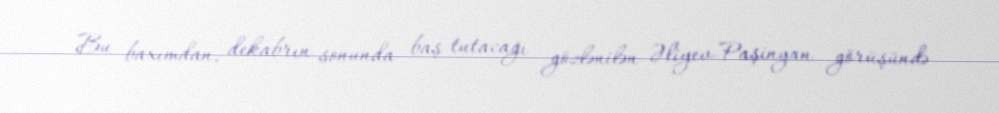
Bu baxımdan, dekabrın sonunda baş tutacağı gözlənilən Əliyev-Paşinyan görüşündə